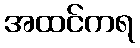
အထင်ကရ